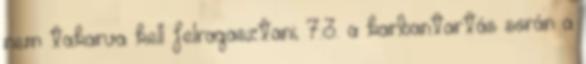
nem takarva kell felragasztani; 7.3. a karbantartás során a